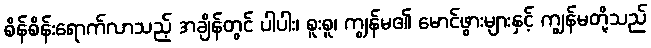
စိန်စိန်းရောက်လာသည့် အချိန်တွင် ပါပါး၊ စူးစူ၊ ကျွန်မ၏ မောင်ဖွားများနှင့် ကျွန်မတို့သည်